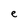
Character: e